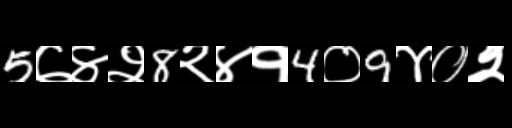
Text: 5७४२8२४१4०9४०२